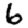
Digit: 6